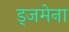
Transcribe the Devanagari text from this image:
ड्जमेना